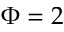
\Phi = 2